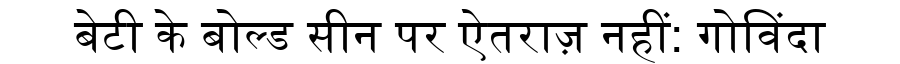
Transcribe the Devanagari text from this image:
बेटी के बोल्ड सीन पर ऐतराज़ नहीं: गोविंदा